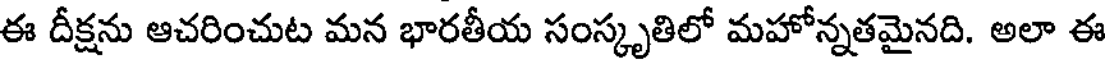
ఈ దీక్షను ఆచరించుట మన భారతీయ సంస్కృతిలో మహోన్నతమైనది. అలా ఈ